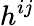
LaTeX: h^{ij}